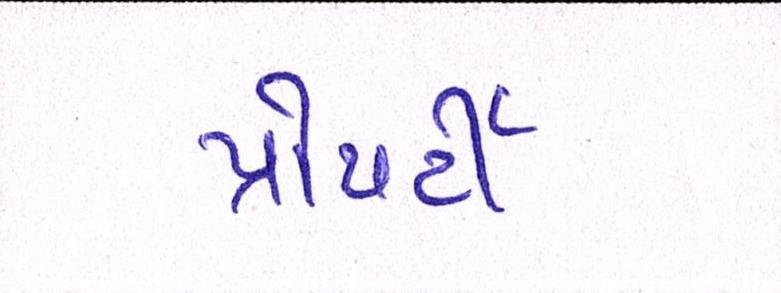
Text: પ્રોપર્ટી